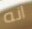
انه